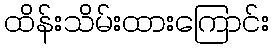
ထိန်းသိမ်းထားကြောင်း